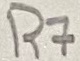
Text: R7